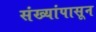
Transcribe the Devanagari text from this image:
संख्यांपासून